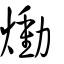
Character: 㷲